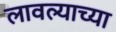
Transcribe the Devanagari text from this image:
लावल्याच्या